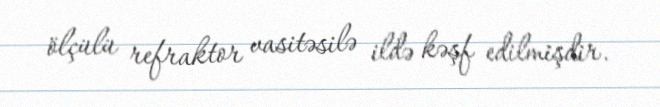
ölçülü refraktor vasitəsilə ildə kəşf edilmişdir.